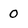
Character: 0